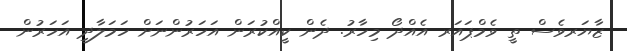
ޒާޔަރވެސް ތީ ވެމްޕައަރ އެއްދޯ މިހާރު. ދެން ކީއްކުރަން އަހަރުންނަށް ހަމަލާދީ އަހަރުން